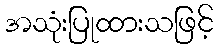
အသုံးပြုထားသဖြင့်